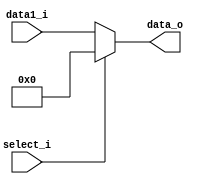
module MUX_stall(
    data1_i,
    select_i,
    data_o
);
    input [8:0] data1_i;
    input select_i;
    output [8:0] data_o;

    assign data_o = (select_i == 0)? data1_i: 9'b0;

endmodule